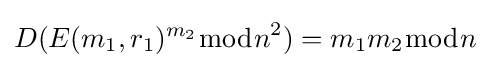
D(E(m_{1},r_{1})^{m_{2}}{\bmod {n}}^{2})=m_{1}m_{2}{\bmod {n}}